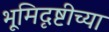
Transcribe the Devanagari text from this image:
भूमिदृष्टीच्या